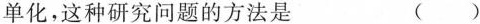
单化，这种研究问题的方法是 ()